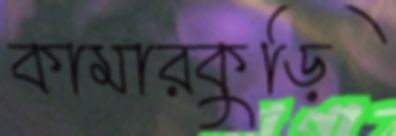
কামারকুড়ি